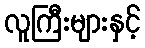
လူကြီးများနှင့်